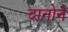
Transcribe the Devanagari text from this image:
दानोने